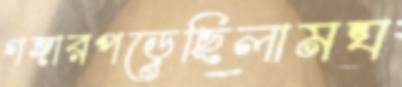
গঙ্গারপড়েছিলামঘ